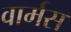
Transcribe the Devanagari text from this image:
वार्मस